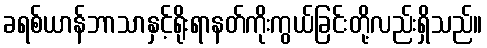
ခရစ်ယာန်ဘာသာနှင့်ရိုးရာနတ်ကိုးကွယ်ခြင်းတို့လည်းရှိသည်။